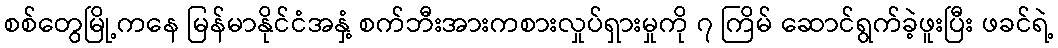
စစ်တွေမြို့ကနေ မြန်မာနိုင်ငံအနှံ့ စက်ဘီးအားကစားလှုပ်ရှားမှုကို ၇ ကြိမ် ဆောင်ရွက်ခဲ့ဖူးပြီး ဖခင်ရဲ့